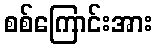
စစ်ကြောင်းအား